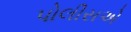
પોલીસએ